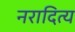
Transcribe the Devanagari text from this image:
नरादित्य